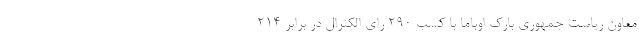
معاون ریاست جمهوری بارک اوباما با کسب ۲۹۰ رای الکترال در برابر ۲۱۴